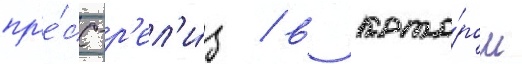
пр'е́сс-р'ел'и́з / в кото́ром